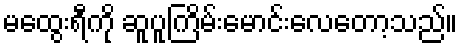
မထွေးရီကို ဆူပူကြိမ်းမောင်းလေတော့သည်။